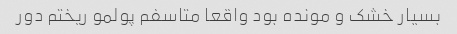
بسیار خشک و مونده بود واقعا متاسفم پولمو ریختم دور